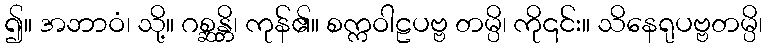
၍။ အဘာဝံ၊ သို့။ ဂစ္ဆန္တိ၊ ကုန်၏။ စက္ကဝါဠပဗ္ဗ တမ္ပိ၊ ကို၎င်း။ သိနေရုပဗ္ဗတမ္ပိ၊